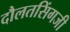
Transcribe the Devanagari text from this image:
दौलतसिंगजी